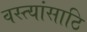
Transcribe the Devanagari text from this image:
वस्त्यांसाठि